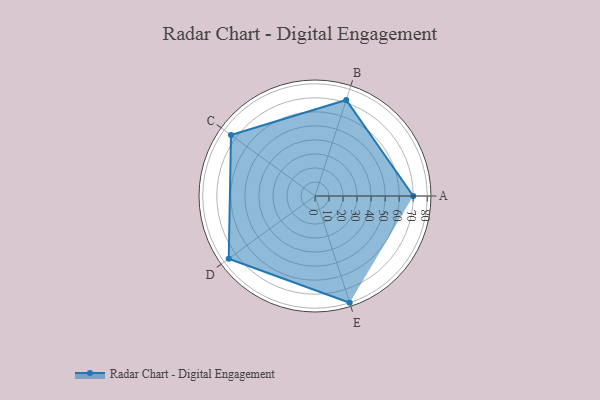
{"axis": {"x": "Skill", "y": "Score"}, "legend": ["Profile"], "data": [{"x": "A", "y": 70.0, "type": "Profile"}, {"x": "B", "y": 72.0, "type": "Profile"}, {"x": "C", "y": 74.0, "type": "Profile"}, {"x": "D", "y": 76.0, "type": "Profile"}, {"x": "E", "y": 80.0, "type": "Profile"}]}